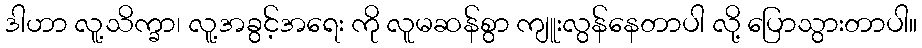
ဒါဟာ လူ့သိက္ခာ၊ လူ့အခွင့်အရေး ကို လူမဆန်စွာ ကျူးလွန်နေတာပါ လို့ ပြောသွားတာပါ။